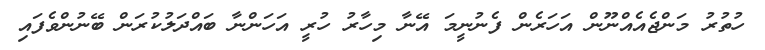
ހުތުރު މަންޖެއެއްނޫން އަހަރެން ފެނުނީމަ އޭނާ މިހާރު ހުރީ އަހަންނާ ބައްދަލުކުރަން ބޭނުންވެފައި